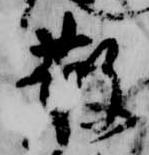
散